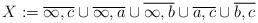
LaTeX: \begin{align*} X:= \overline{\infty,c} \cup \overline{\infty, a} \cup \overline{\infty, b} \cup \overline{a,c} \cup \overline{b,c} \end{align*}